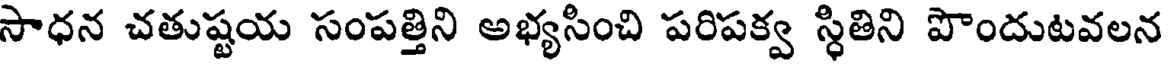
సాధన చతుష్టయ సంపత్తిని అభ్యసించి పరిపక్వ స్థితిని పొందుటవలన